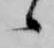
候